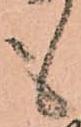
も